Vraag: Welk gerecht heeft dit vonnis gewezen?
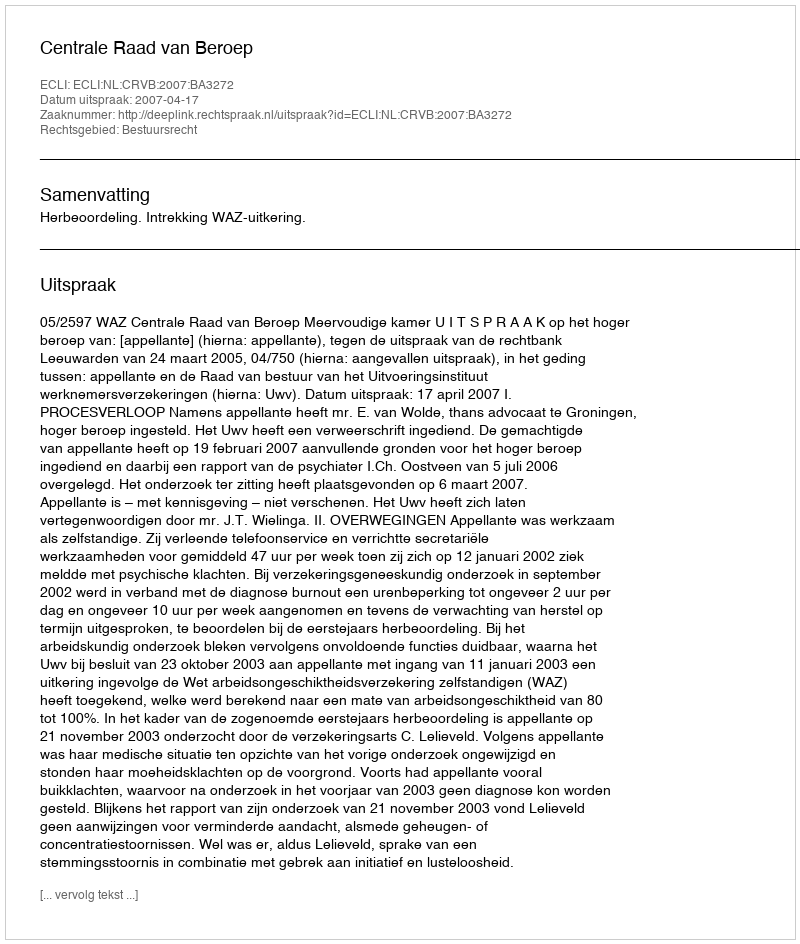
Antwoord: Centrale Raad van Beroep